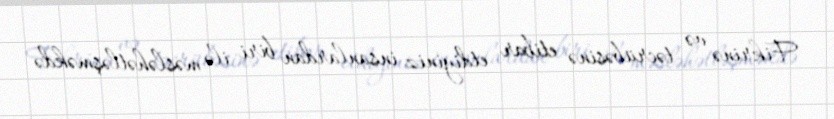
Fikrinə və təcrübəsinə etibar etdiyiniz insanlardan biri ilə məsləhətləşməkdə